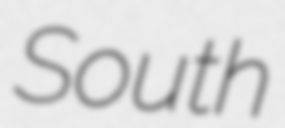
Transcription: South